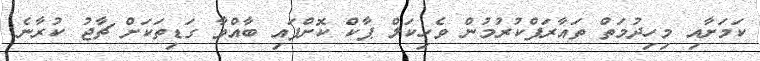
ކަމަށާއި މިހިދުމަތް ތައާރަފްކުރުމުން ވެހިކަލް ޕާކް ކޮށްފައި ބާއްވާ ގަޑިތަކަށް ޗާޖު ކުރާނެ